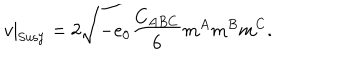
v | _ { \mathrm { S u s y } } = 2 \sqrt { - e _ { 0 } { \frac { C _ { A B C } } { 6 } } m ^ { A } m ^ { B } m ^ { C } } .